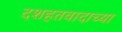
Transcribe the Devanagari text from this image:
दशहतवादाच्या